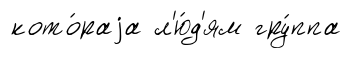
кото́раjа л'ю́д'ям гру́ппа